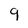
Character: 9